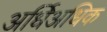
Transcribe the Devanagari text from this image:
अर्धिअधिक